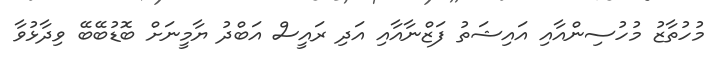
މުހުތާޒު މުހުސިންއާއި އައިޝަތު ފަޒްނާއާއި އަދި ރައީސް އަބްދު ޔާމީނަށް ބޮޑުބޭބޭ ވިދާޅުވާ